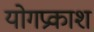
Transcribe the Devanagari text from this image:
योगप्रकाश